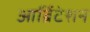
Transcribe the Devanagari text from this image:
आर्ब्रिटेशन